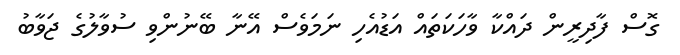
ގޮސް ފާދިރީން ދައްކާ ވާހަކަތައް އަޑުއެހި ނަމަވެސް އޭނާ ބޭނުންވި ސުވާލުގެ ޖަވާބު